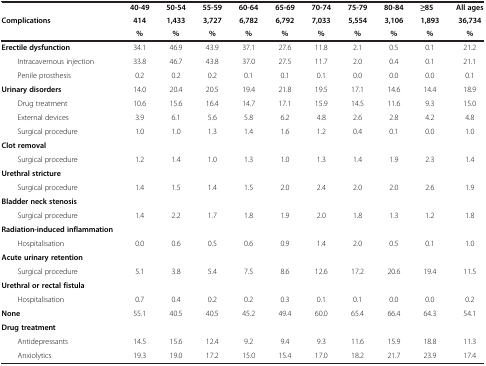
<table><thead><tr><td><b> </b></td><td><b>40-49</b></td><td><b>50-54</b></td><td><b>55-59</b></td><td><b>60-64</b></td><td><b>65-69</b></td><td><b>70-74</b></td><td><b>75-79</b></td><td><b>80-84</b></td><td><b>≥85</b></td><td><b>All ages</b></td></tr><tr><td><b>Complications</b></td><td><b>414</b></td><td><b>1,433</b></td><td><b>3,727</b></td><td><b>6,782</b></td><td><b>6,792</b></td><td><b>7,033</b></td><td><b>5,554</b></td><td><b>3,106</b></td><td><b>1,893</b></td><td><b>36,734</b></td></tr><tr><td><b> </b></td><td><b>%</b></td><td><b>%</b></td><td><b>%</b></td><td><b>%</b></td><td><b>%</b></td><td><b>%</b></td><td><b>%</b></td><td><b>%</b></td><td><b>%</b></td><td><b>%</b></td></tr></thead><tbody><tr><td><b>Erectile dysfunction</b></td><td>34.1</td><td>46.9</td><td>43.9</td><td>37.1</td><td>27.6</td><td>11.8</td><td>2.1</td><td>0.5</td><td>0.1</td><td>21.2</td></tr><tr><td>Intracavernous injection</td><td>33.8</td><td>46.7</td><td>43.8</td><td>37.0</td><td>27.5</td><td>11.7</td><td>2.0</td><td>0.4</td><td>0.1</td><td>21.1</td></tr><tr><td>Penile prosthesis</td><td>0.2</td><td>0.2</td><td>0.2</td><td>0.1</td><td>0.1</td><td>0.1</td><td>0.0</td><td>0.0</td><td>0.0</td><td>0.1</td></tr><tr><td><b>Urinary disorders</b></td><td>14.0</td><td>20.4</td><td>20.5</td><td>19.4</td><td>21.8</td><td>19.5</td><td>17.1</td><td>14.6</td><td>14.4</td><td>18.9</td></tr><tr><td>Drug treatment</td><td>10.6</td><td>15.6</td><td>16.4</td><td>14.7</td><td>17.1</td><td>15.9</td><td>14.5</td><td>11.6</td><td>9.3</td><td>15.0</td></tr><tr><td>External devices</td><td>3.9</td><td>6.1</td><td>5.6</td><td>5.8</td><td>6.2</td><td>4.8</td><td>2.6</td><td>2.8</td><td>4.2</td><td>4.8</td></tr><tr><td>Surgical procedure</td><td>1.0</td><td>1.0</td><td>1.3</td><td>1.4</td><td>1.6</td><td>1.2</td><td>0.4</td><td>0.1</td><td>0.0</td><td>1.0</td></tr><tr><td><b>Clot removal</b></td><td> </td><td> </td><td> </td><td> </td><td> </td><td> </td><td> </td><td> </td><td> </td><td> </td></tr><tr><td>Surgical procedure</td><td>1.2</td><td>1.4</td><td>1.0</td><td>1.3</td><td>1.0</td><td>1.3</td><td>1.4</td><td>1.9</td><td>2.3</td><td>1.4</td></tr><tr><td><b>Urethral stricture</b></td><td> </td><td> </td><td> </td><td> </td><td> </td><td> </td><td> </td><td> </td><td> </td><td> </td></tr><tr><td>Surgical procedure</td><td>1.4</td><td>1.5</td><td>1.4</td><td>1.5</td><td>2.0</td><td>2.4</td><td>2.0</td><td>2.0</td><td>2.6</td><td>1.9</td></tr><tr><td><b>Bladder neck stenosis</b></td><td> </td><td> </td><td> </td><td> </td><td> </td><td> </td><td> </td><td> </td><td> </td><td> </td></tr><tr><td>Surgical procedure</td><td>1.4</td><td>2.2</td><td>1.7</td><td>1.8</td><td>1.9</td><td>2.0</td><td>1.8</td><td>1.3</td><td>1.2</td><td>1.8</td></tr><tr><td><b>Radiation-induced inflammation</b></td><td> </td><td> </td><td> </td><td> </td><td> </td><td> </td><td> </td><td> </td><td> </td><td> </td></tr><tr><td>Hospitalisation</td><td>0.0</td><td>0.6</td><td>0.5</td><td>0.6</td><td>0.9</td><td>1.4</td><td>2.0</td><td>0.5</td><td>0.1</td><td>1.0</td></tr><tr><td><b>Acute urinary retention</b></td><td> </td><td> </td><td> </td><td> </td><td> </td><td> </td><td> </td><td> </td><td> </td><td> </td></tr><tr><td>Surgical procedure</td><td>5.1</td><td>3.8</td><td>5.4</td><td>7.5</td><td>8.6</td><td>12.6</td><td>17.2</td><td>20.6</td><td>19.4</td><td>11.5</td></tr><tr><td><b>Urethral or rectal fistula</b></td><td> </td><td> </td><td> </td><td> </td><td> </td><td> </td><td> </td><td> </td><td> </td><td> </td></tr><tr><td>Hospitalisation</td><td>0.7</td><td>0.4</td><td>0.2</td><td>0.2</td><td>0.3</td><td>0.1</td><td>0.1</td><td>0.0</td><td>0.0</td><td>0.2</td></tr><tr><td><b>None</b></td><td>55.1</td><td>40.5</td><td>40.5</td><td>45.2</td><td>49.4</td><td>60.0</td><td>65.4</td><td>66.4</td><td>64.3</td><td>54.1</td></tr><tr><td><b>Drug treatment</b></td><td> </td><td> </td><td> </td><td> </td><td> </td><td> </td><td> </td><td> </td><td> </td><td> </td></tr><tr><td>Antidepressants</td><td>14.5</td><td>15.6</td><td>12.4</td><td>9.2</td><td>9.4</td><td>9.3</td><td>11.6</td><td>15.9</td><td>18.8</td><td>11.3</td></tr><tr><td>Anxiolytics</td><td>19.3</td><td>19.0</td><td>17.2</td><td>15.0</td><td>15.4</td><td>17.0</td><td>18.2</td><td>21.7</td><td>23.9</td><td>17.4</td></tr></tbody></table>